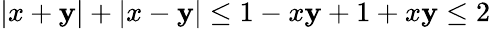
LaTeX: |x+\mathbf{y}|+|x-\mathbf{y}|\le1-x\mathbf{y}+1+x\mathbf{y}\le2